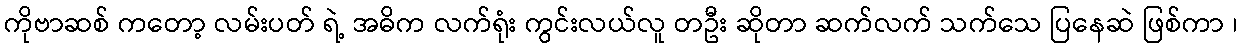
ကိုဗာဆစ် ကတော့ လမ်းပတ် ရဲ့ အဓိက လက်ရုံး ကွင်းလယ်လူ တဦး ဆိုတာ ဆက်လက် သက်သေ ပြနေဆဲ ဖြစ်ကာ ၊